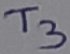
Text: T3